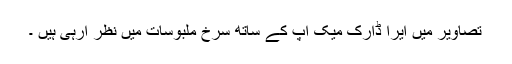
تصاویر میں ایرا ڈارک میک اپ کے ساتھ سرخ ملبوسات میں نظر آرہی ہیں ۔